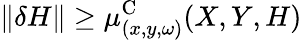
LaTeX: \Vert\delta H\Vert\ge\mu_{(x,y,\omega)}^{\textrm{C}}(X,Y,H)